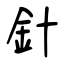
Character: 針